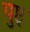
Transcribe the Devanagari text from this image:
पुष्ट्